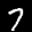
Label: 7